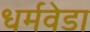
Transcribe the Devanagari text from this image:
धर्मवेडा